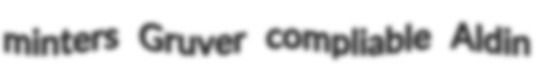
minters Gruver compliable Aldin